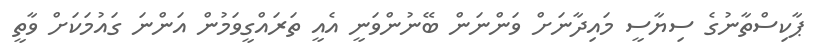
ޕާކިސްތާނުގެ ސިޔާސީ މައިދާނަށް ވަންނަން ބޭނުންވަނީ އެއީ ތަރައްގީވަމުން އަންނަ ގައުމަކަށް ވާތީ